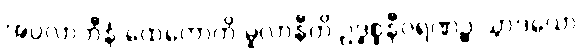
အပ္ပလာဘီနံ ထေတောတိ မူလာနီတိ ဥဒ္ဓစ္စနီဝရဏဉ္စ သွာဒယော